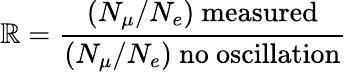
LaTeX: \mathbb{R}={\frac{{(N_{\mu}/N_{e})\mathrm{{~measured}}}}{{(N_{\mu}/N_{e})\mathrm{{~no~oscillation}}}}}